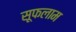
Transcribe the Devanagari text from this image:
सूफलाम